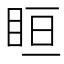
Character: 𥅨